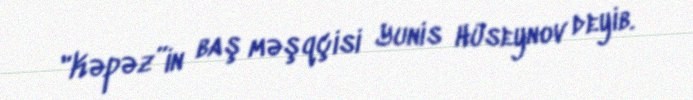
"Kəpəz”in baş məşqçisi Yunis Hüseynov deyib.